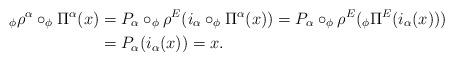
LaTeX: \begin{align*}_{\phi}\rho^{\alpha}\circ_{\phi}\Pi^{\alpha}(x)&=P_{\alpha}\circ_{\phi}\rho^{E}(i_{\alpha}\circ_{\phi}\Pi^{\alpha}(x))=P_{\alpha}\circ_{\phi}\rho^{E}(_{\phi}\Pi^{E}(i_{\alpha}(x)))\\&=P_{\alpha}(i_{\alpha}(x))=x.\end{align*}